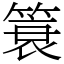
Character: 簑